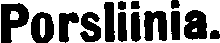
Porsliinia.